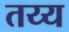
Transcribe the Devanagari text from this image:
तय्य